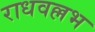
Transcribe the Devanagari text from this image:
राधवल्लभ